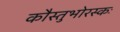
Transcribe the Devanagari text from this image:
कौस्तुभोरस्कः